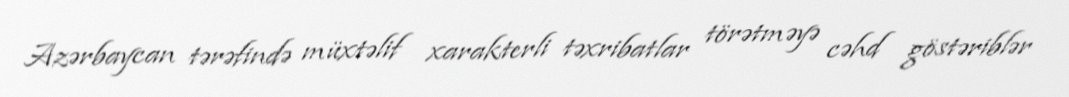
Azərbaycan tərəfində müxtəlif xarakterli təxribatlar törətməyə cəhd göstəriblər